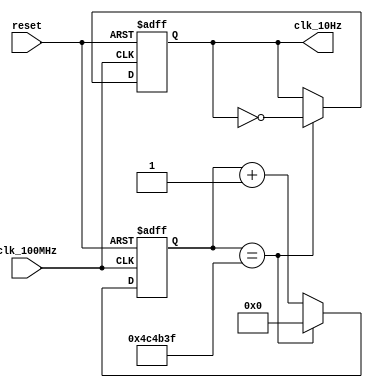
`timescale 1ns / 1ps
//////////////////////////////////////////////////////////////////////////////////
// Company: 
// Engineer: 
// 
// Design Name: 
// Module Name: hundredHz_gen
// Project Name: 
// Target Devices: 
// Tool Versions: 
// Description: 
// 
// Dependencies: 
// 
// Revision:
// Revision 0.01 - File Created
// Additional Comments:
// 
//////////////////////////////////////////////////////////////////////////////////

//Converts 100MHZ clock to 10HZ clock
module tenHz_gen( input clk_100MHz, input reset, output clk_10Hz); 

reg [22:00] ctr_reg =0; // 22 bits to cover 5 000 000 half periods
reg clk_out_reg =0; //register to hold high/low for half period

always @(posedge clk_100MHz or posedge reset) begin
    if(reset) begin //reset state
        ctr_reg <=0;
        clk_out_reg <=0;
    end
    
    else begin
        if(ctr_reg == 4_999_999) begin //if we reach 4_999 999 cycles invert to create 10Hz clock
            ctr_reg<=0;
            clk_out_reg<= ~clk_out_reg;
        end
        
        else begin
            ctr_reg<=ctr_reg +1; //else count register
        end
    end
end

assign clk_10Hz = clk_out_reg; //assign module clock to output
            
endmodule